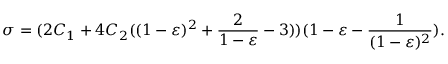
\sigma = ( 2 C _ { 1 } + 4 C _ { 2 } ( ( 1 - \varepsilon ) ^ { 2 } + \frac { 2 } { 1 - \varepsilon } - 3 ) ) ( 1 - \varepsilon - \frac { 1 } { ( 1 - \varepsilon ) ^ { 2 } } ) .